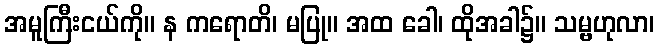
အမူကြီးငယ်ကို။ န ကရောတိ၊ မပြု။ အထ ခေါ၊ ထိုအခါ၌။ သမ္ဗဟုလာ၊